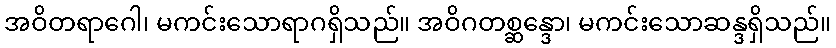
အဝိတရာဂေါ၊ မကင်းသောရာဂရှိသည်။ အဝိဂတစ္ဆန္ဒော၊ မကင်းသောဆန္ဒရှိသည်။